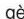
gè